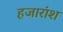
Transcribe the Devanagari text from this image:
हजारांश